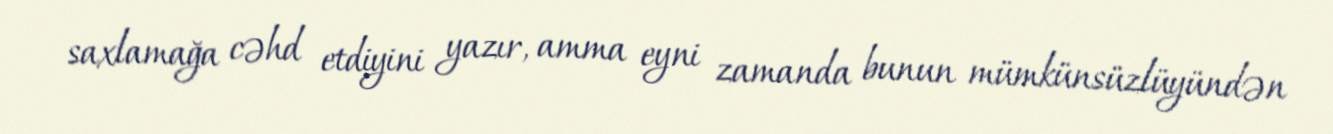
saxlamağa cəhd etdiyini yazır, amma eyni zamanda bunun mümkünsüzlüyündən